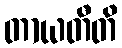
တာယတီတိ